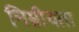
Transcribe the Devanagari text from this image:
निम्नीयता